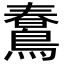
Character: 𪃣